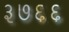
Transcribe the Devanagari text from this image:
३७६६